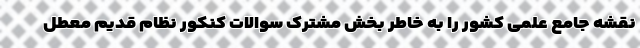
نقشه جامع علمی کشور را به خاطر بخش مشترک سوالات کنکور نظام قدیم معطل